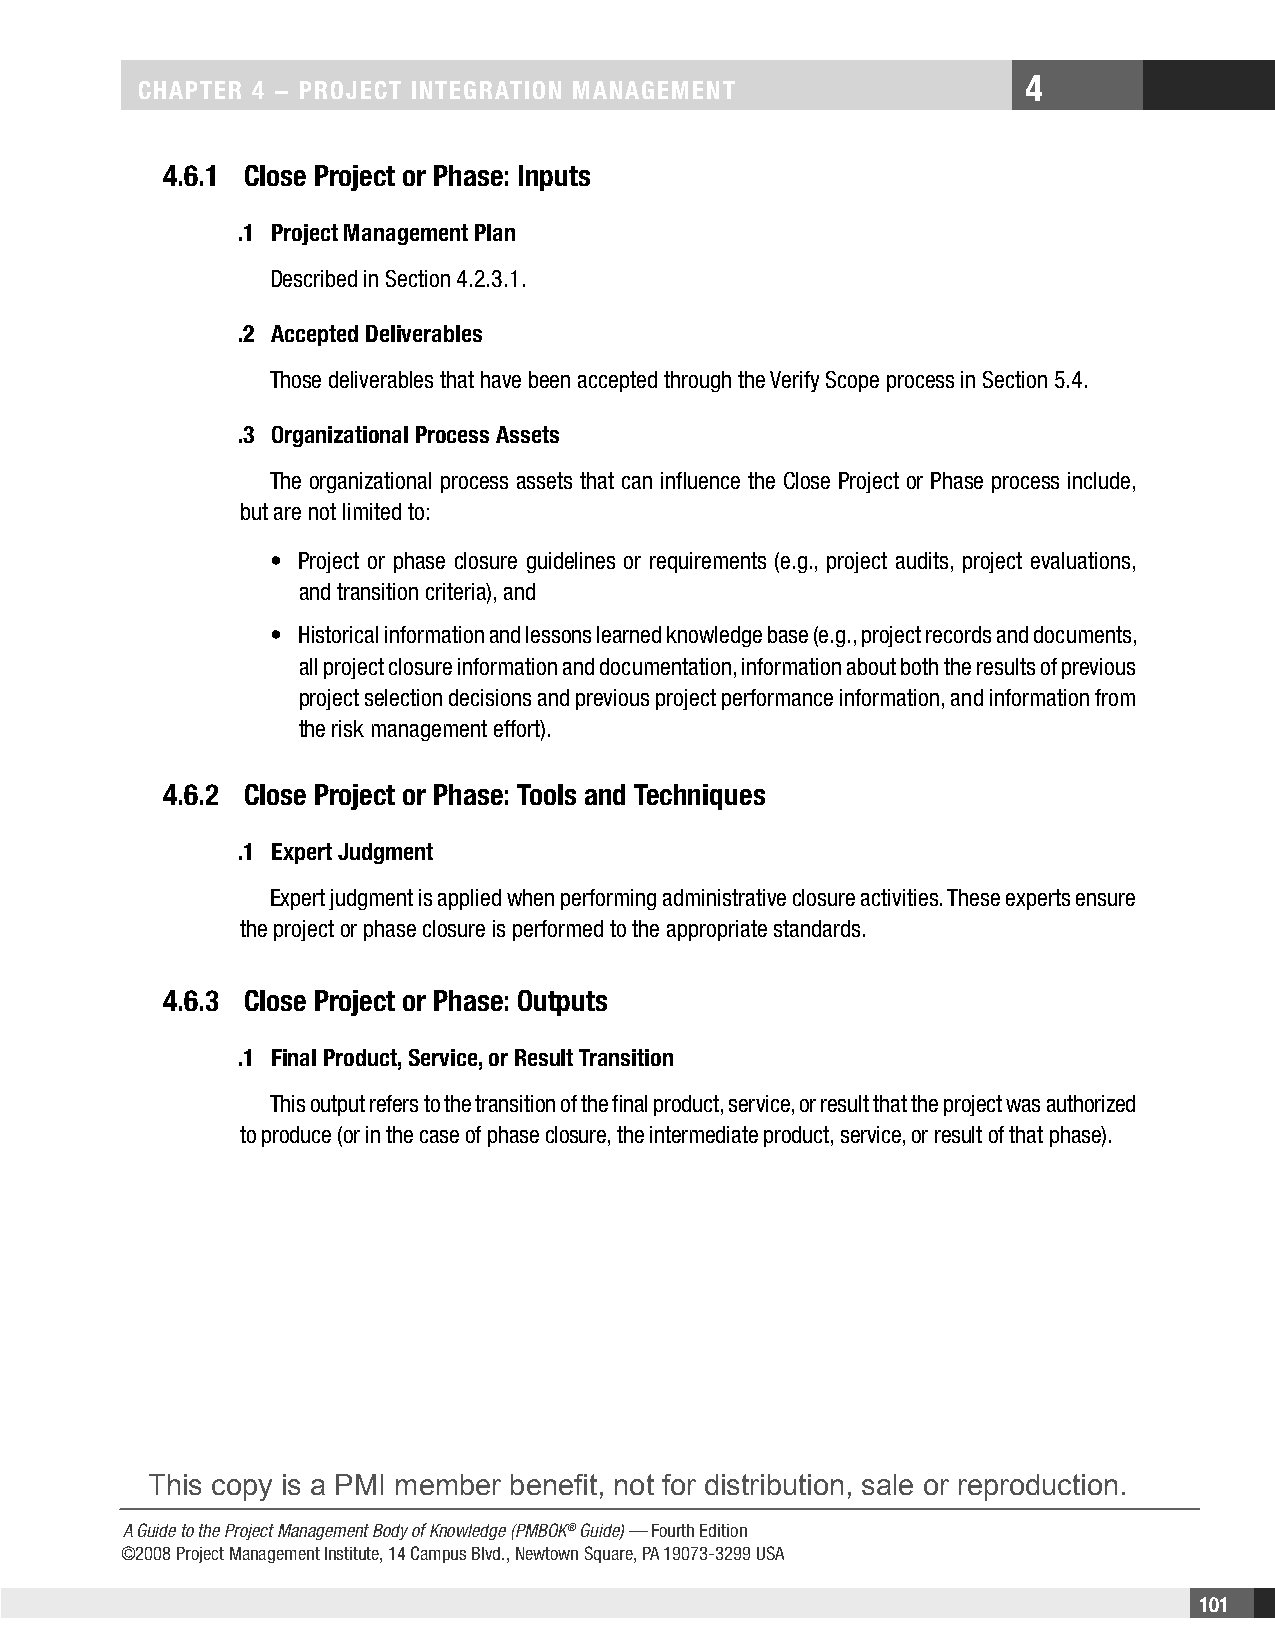
4
 CHaPteR 4 − PRojeCt IntegRatIon management
 4.6.1 Close Project or Phase: Inputs
 .1 Project management Plan
 Described in Section 4.2.3.1.
 .2 accepted Deliverables
 Those deliverables that have been accepted through the Verify Scope process in Section 5.4.
 .3 organizational Process assets
 The organizational process assets that can influence the Close Project or Phase process include,
 but are not limited to:
 • Project or phase closure guidelines or requirements (e.g., project audits, project evaluations,
 and transition criteria), and
 • Historical information and lessons learned knowledge base (e.g., project records and documents,
 all project closure information and documentation, information about both the results of previous
 project selection decisions and previous project performance information, and information from
 the risk management effort).
 4.6.2 Close Project or Phase: tools and techniques
 .1 expert judgment
 Expert judgment is applied when performing administrative closure activities. These experts ensure
 the project or phase closure is performed to the appropriate standards.
 4.6.3 Close Project or Phase: outputs
 .1 Final Product, Service, or Result transition
 This output refers to the transition of the final product, service, or result that the project was authorized
 to produce (or in the case of phase closure, the intermediate product, service, or result of that phase).
 This copy is a PMI member benefit, not for distribution, sale or reproduction.
 A Guide to the Project Management Body of Knowledge (PMBOK® Guide) — Fourth Edition
 ©2008 Project Management Institute, 14 Campus Blvd., Newtown Square, PA 19073-3299 USA
 101